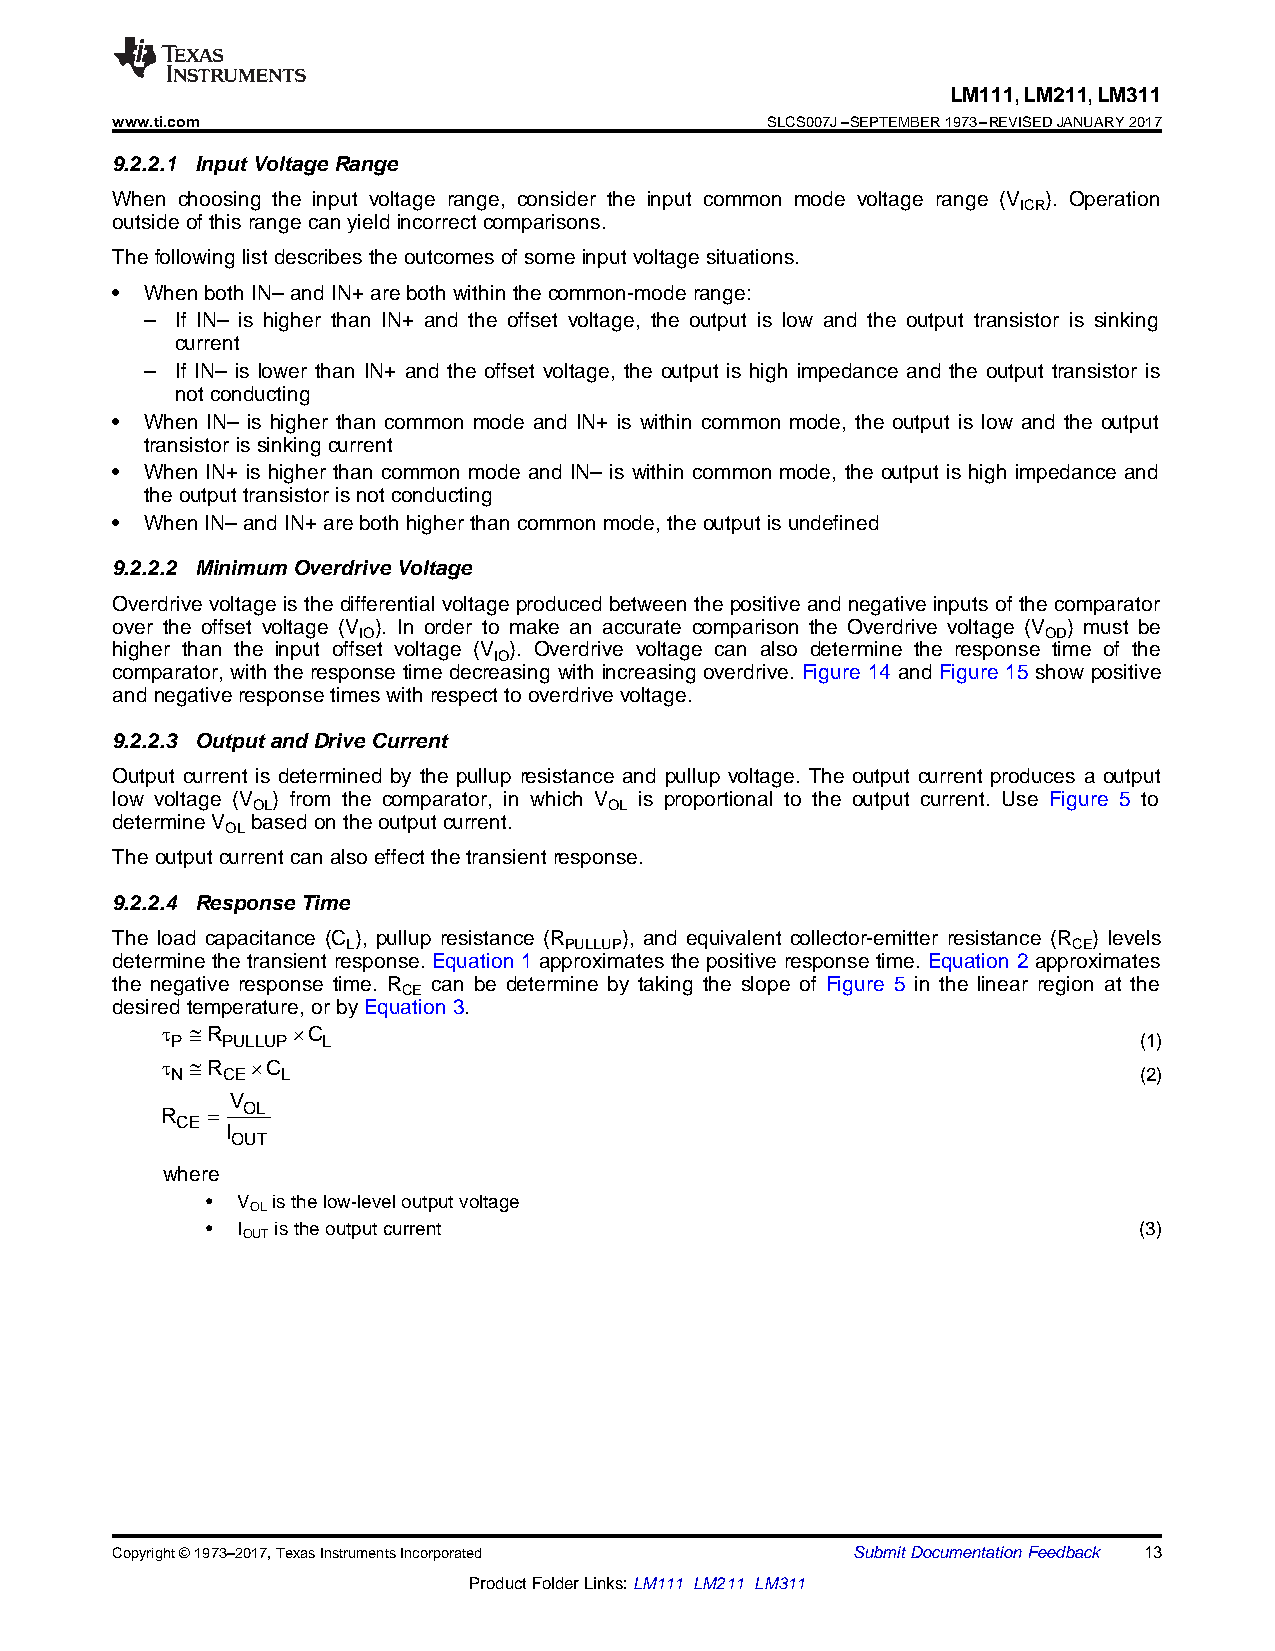
LM111,LM211,LM311
 www.ti.com                                  SLCS007J–SEPTEMBER1973–REVISEDJANUARY2017
 9.2.2.1 Input VoltageRange
 When choosing the input voltage range, consider the input common mode voltage range (V ). Operation
 ICR
 outsideofthisrangecanyieldincorrectcomparisons.
 Thefollowinglistdescribestheoutcomesofsomeinput voltagesituations.
 •  WhenbothIN– andIN+arebothwithinthecommon-moderange:
 – If IN– is higher than IN+ and the offset voltage, the output is low and the output transistor is sinking
 current
 – If IN– is lower than IN+ and the offset voltage, the output is high impedance and the output transistor is
 notconducting
 •  When IN– is higher than common mode and IN+ is within common mode, the output is low and the output
 transistorissinkingcurrent
 •  When IN+ is higher than common mode and IN– is within common mode, the output is high impedance and
 theoutputtransistorisnotconducting
 •  WhenIN–andIN+arebothhigherthancommonmode,theoutputisundefined
 9.2.2.2 MinimumOverdriveVoltage
 Overdrive voltage is the differential voltage produced between the positive and negative inputs of the comparator
 over the offset voltage (V ). In order to make an accurate comparison the Overdrive voltage (V ) must be
 IO                                           OD
 higher than the input offset voltage (V ). Overdrive voltage can also determine the response time of the
 IO
 comparator, with the response time decreasing with increasing overdrive. Figure 14 and Figure 15 show positive
 andnegativeresponsetimeswithrespecttooverdrivevoltage.
 9.2.2.3 OutputandDriveCurrent
 Output current is determined by the pullup resistance and pullup voltage. The output current produces a output
 low voltage (V ) from the comparator, in which V is proportional to the output current. Use Figure 5 to
 OL                     OL
 determineV basedontheoutputcurrent.
 OL
 Theoutputcurrentcanalsoeffectthetransientresponse.
 9.2.2.4 ResponseTime
 The load capacitance (C ), pullup resistance (R ), and equivalent collector-emitter resistance (R ) levels
 L             PULLUP                            CE
 determine the transient response. Equation 1 approximates the positive response time. Equation 2 approximates
 the negative response time. R can be determine by taking the slope of Figure 5 in the linear region at the
 CE
 desiredtemperature,orbyEquation3.
 t @R    ´C
 P   PULLUP L                                                    (1)
 t @R  ´C
 N   CE  L                                                       (2)
 V
 R  = OL
 CE
 I
 OUT
 where
 • V isthelow-leveloutputvoltage
 OL
 • I istheoutputcurrent                                       (3)
 OUT
 Copyright©1973–2017,TexasInstrumentsIncorporated SubmitDocumentationFeedback 13
 ProductFolderLinks:LM111 LM211 LM311